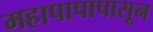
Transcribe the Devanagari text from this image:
महापापापासून